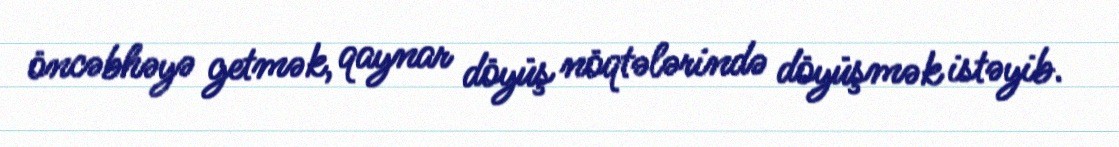
öncəbhəyə getmək, qaynar döyüş nöqtələrində döyüşmək istəyib.